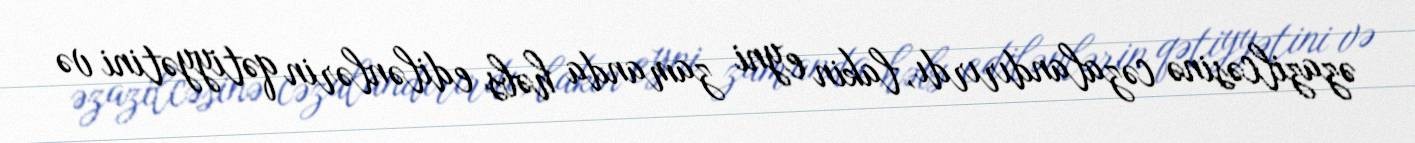
əzazilcəsinə cəzalandırırdı, lakin eyni zamanda həbs edilənlərin qətiyyətini və